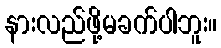
နားလည်ဖို့မခက်ပါဘူး။